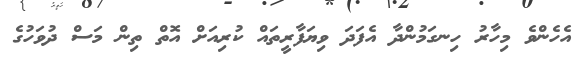
އެހެންވެ މިހާރު ހިނގަމުންދާ އެފަދަ ވިޔަފާރީތައް ކުރިއަށް އޮތް ތިން މަސް ދުވަހުގެ